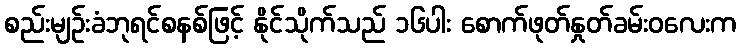
စည်းမျဉ်းခံဘုရင်စနစ်ဖြင့် နိုင်သိုက်သည် ၁၆ပါး စောက်ဖုတ်နှုတ်ခမ်းဝလေးက